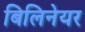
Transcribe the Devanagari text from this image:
बिलिनेयर